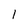
Character: l